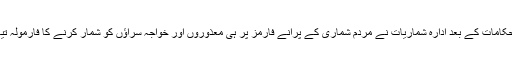
عدالتی احکامات کے بعد ادارہ شماریات نے مردم شماری کے پرانے فارمز پر ہی معذوروں اور خواجہ سراؤں کو شمار کرنے کا فارمولہ تیار کرلیا۔